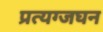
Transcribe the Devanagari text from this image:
प्रत्यग्जघन